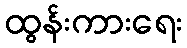
ထွန်းကားရေး